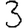
Digit: 3